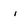
Character: i